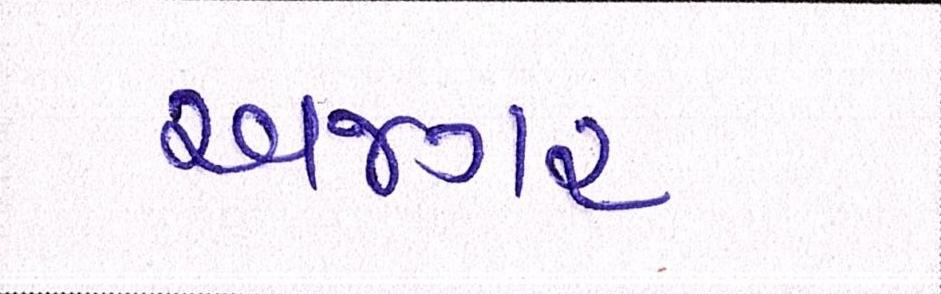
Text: અજગર